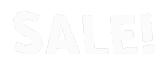
SALE!